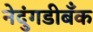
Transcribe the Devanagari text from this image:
नेदुंगडीबँक